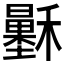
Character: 𥣷